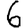
Digit: 6